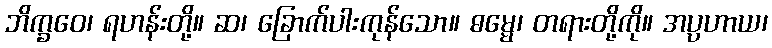
ဘိက္ခဝေ၊ ရဟန်းတို့။ ဆ၊ ခြောက်ပါးကုန်သော။ ဓမ္မေ၊ တရားတို့ကို။ အပ္ပဟာယ၊